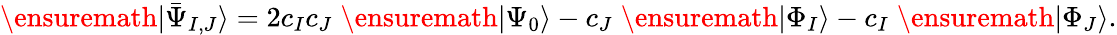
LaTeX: \ensuremath{\vert\bar{\Psi}_{I,J}\rangle}=2c_{I}c_{J}\; \ensuremath{\vert\Psi_{0}\rangle}-c_{J}\; \ensuremath{\vert\Phi_{I}\rangle}-c_{I}\; \ensuremath{\vert\Phi_{J}\rangle}.